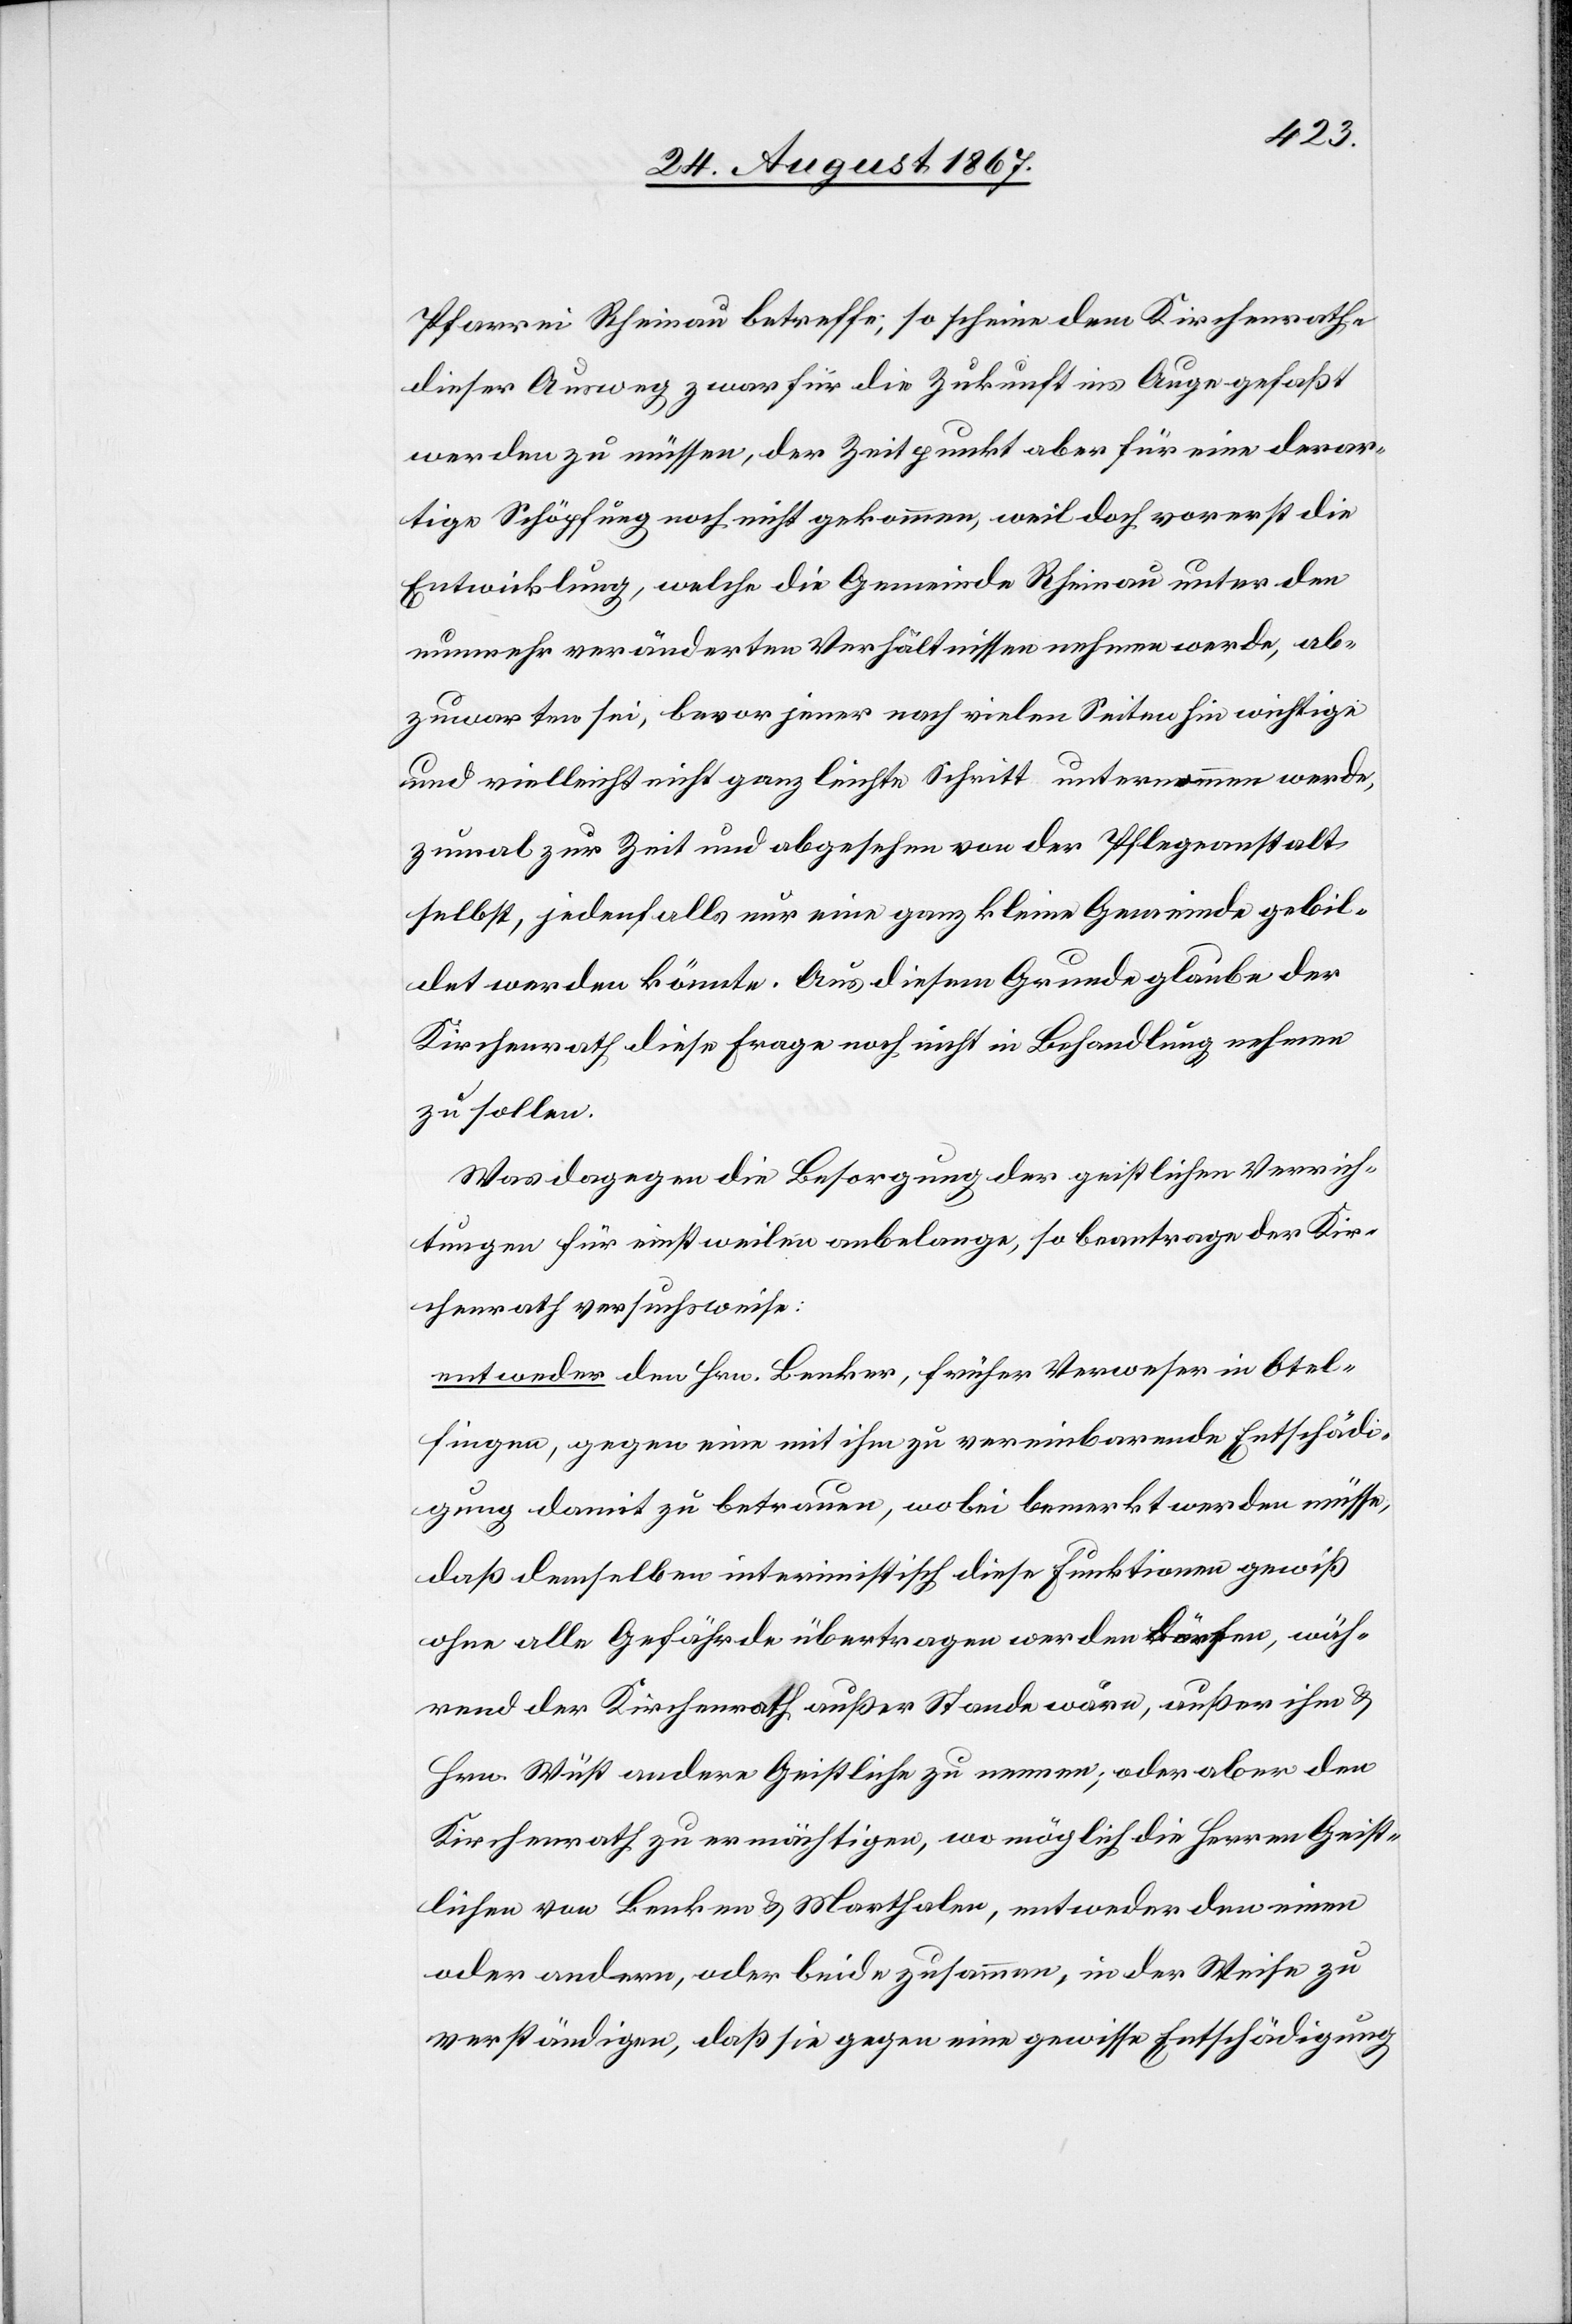
Pfarrei Rheinau betreffe, so scheine dem Kirchenrathe
dieser Ausweg zwar für die Zukunft ins Auge gefaßt
werden zu müssen, der Zeitpunkt aber für eine derar¬
tige Schöpfung noch nicht gekommen, weil doch vorerst die
Entwicklung, welche die Gemeinde Rheinau unter den
nunmehr veränderten Verhältnissen nehmen werde, ab¬
zuwarten sei, bevor jener nach vielen Seiten hin wichtige
und vielleicht nicht ganz leichte Schritt unternommen werde,
zumal zur Zeit und abgesehen von der Pfleganstalt
selbst, jedenfalls nur eine ganz kleine Gemeinde gebil¬
det werden könnte. Aus diesem Grunde glaube der
Kirchenrath diese Frage noch nicht in Behandlung nehmen
zu sollen.
Was dagegen die Besorgung der geistlichen Verrich¬
tungen für einstweilen anbelange, so beantrage der Kir¬
chenrath versuchsweise:
entweder den Hrn. Benker, früher Verweser in Otel¬
fingen, gegen eine mit ihm zu vereinbarende Entschädi¬
gung damit zu betrauen, wobei bemerkt werden müsse,
daß demselben interimistisch diese Funktionen gewiß
ohne alle Gefährde übertragen werden dürfen, wäh¬
rend der Kirchenrath außer Stande wäre, außer ihm u.
Hrn. Wüst andere Geistliche zu nennen; oder aber den
Kirchenrath zu ermächtigen, wo möglich die Herren Geist¬
lichen von Benken u. Marthalen, entweder den einen
oder andern, oder beide zusammen, in der Weise zu
verständigen, daß sie gegen eine gewisse Entschädigung